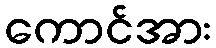
ကောင်အား